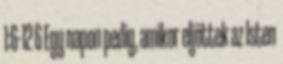
1:6-12 6 Egy napon pedig, amikor eljöttek az Isten